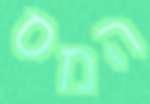
המס